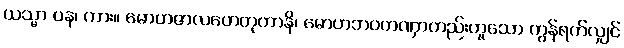
ယသ္မာ ပန၊ ကား။ မောဟဇာလဟေတုကာနိ၊ မောဟဘဝတဏှာတည်းဟူသော ကွန်ရက်လျှင်